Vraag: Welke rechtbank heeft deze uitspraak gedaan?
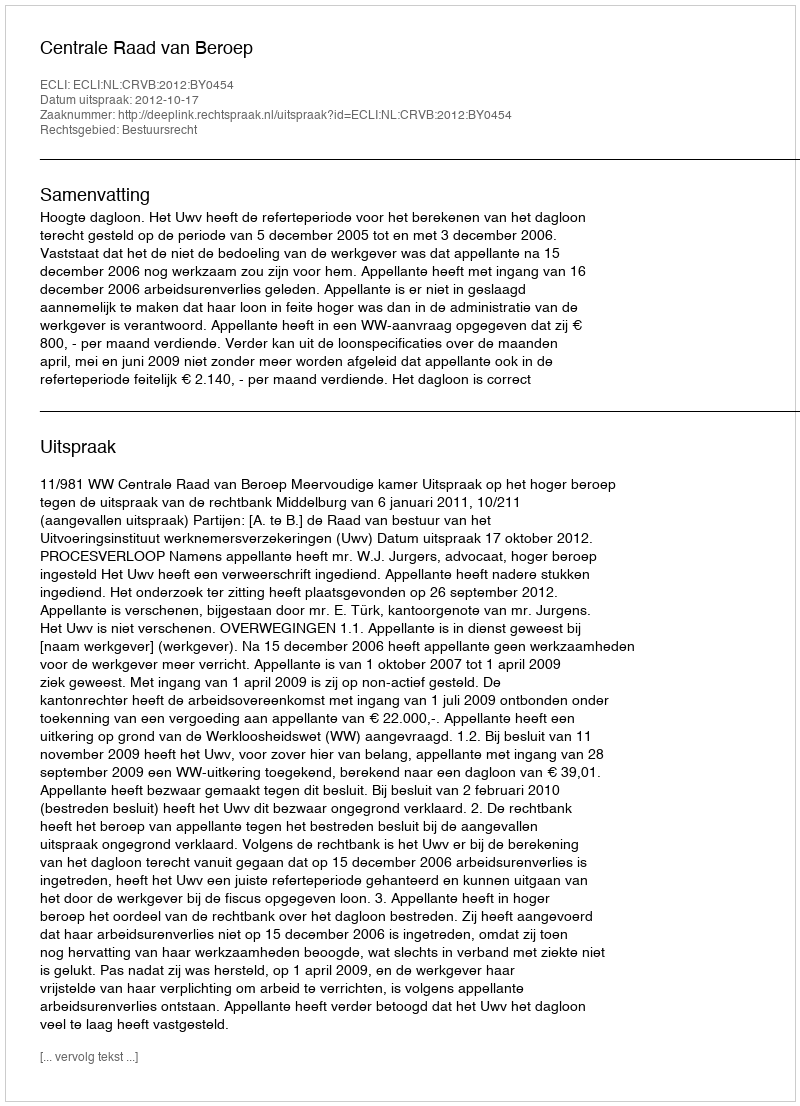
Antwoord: Centrale Raad van Beroep